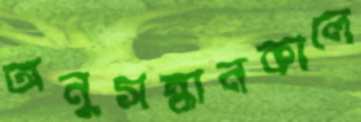
অনুসন্ধানকালে